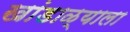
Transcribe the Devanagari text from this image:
खांडाळ्याला